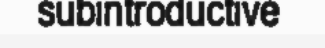
subintroductive